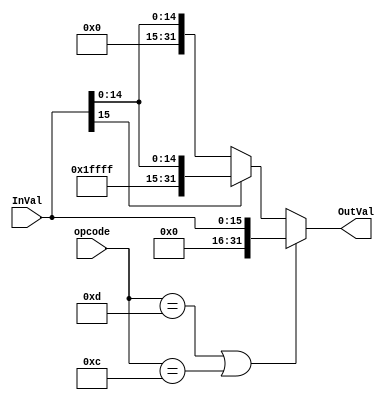
module Sign32bExtender (
	//INPUTs
	input [15:0] InVal,	//
	input [5:0] opcode,
	//OUTPUTs
	output [31:0] OutVal //
);
	localparam 
				  //Type I Operations
				  ORI = 6'h0d,
				  ANDI= 6'h0c;
	
	assign OutVal = ((opcode == ORI) ||(opcode == ANDI)) ? {16'h0000,InVal}:
																		    (InVal[15] == 1) ? {16'hFFFF,InVal}:{16'h0000,InVal};

endmodule